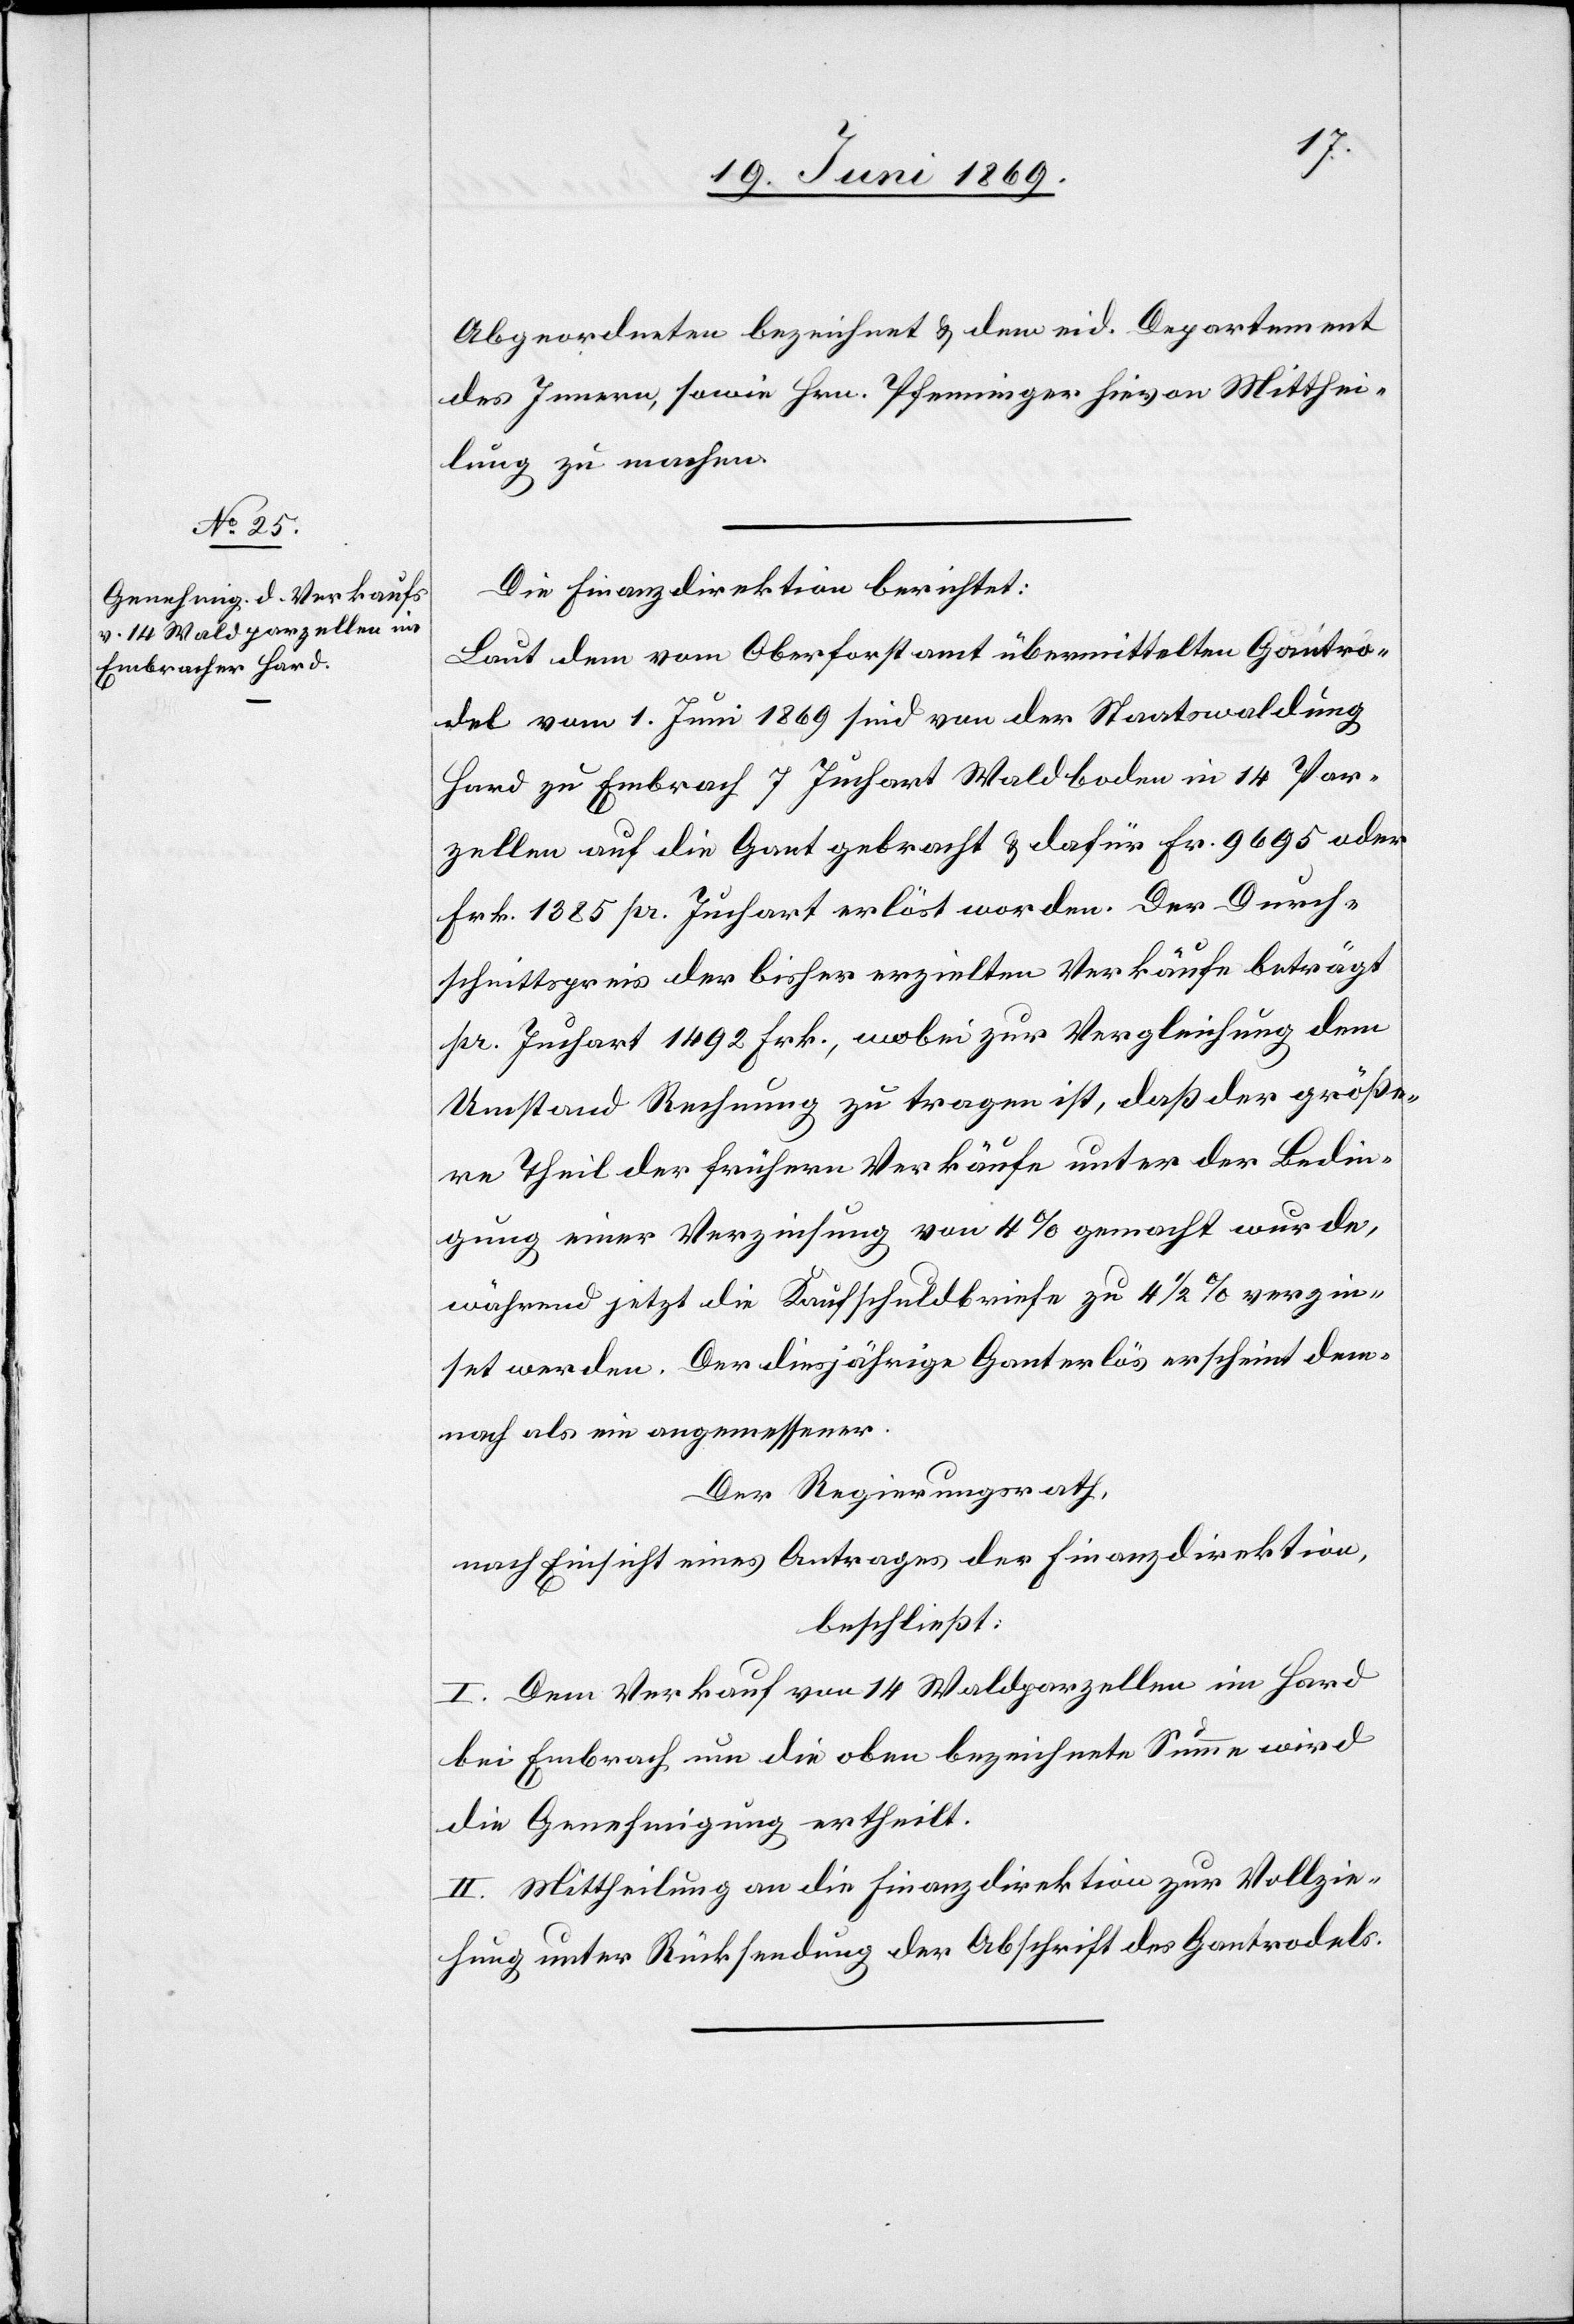
Abgeordneten bezeichnet u. den eid. Departement
des Innern, sowie Hrn. Pfenninger hievon Mitthei¬
lung zu machen.
Die Finanzdirektion berichtet:
Laut dem vom Oberforstamt übermittelten Ganttro¬
del vom 1. Juni 1869 sind von der Staatswaldung
Hard zu Embrach 7 Juchart Waldboden in 14 Par¬
zellen auf die Gant gebracht u. dafür Fr. 9695 oder
Frk. 1385 pr. Juchart erlöst worden. Der Durch¬
schnittspreis der bisher erzielten Verkäufe beträgt
pr. Juchart 1492 Frk., wobei zur Vergleichung dem
Umstand Rechnung zu tragen ist, daß der größe¬
re Theil der frühern Verkäufe unter der Bedin¬
gung einer Verzinsung von 4% gemacht wurde,
während jetzt die Kaufschuldbriefe zu 4 1/2% verzin¬
set werden. Der diesjährige Ganterlös erscheint den¬
noch als ein angemessener.
Der Regierungsrath,
nach Einsicht eines Antrages der Finanzdirektion,
beschließt:
I. Dem Verkauf von 14 Waldparzellen im Hard
bei Embrach um die oben bezeichnete Summe wird
die Genehmigung ertheilt.
II. Mittheilung an die Finanzdirektion zur Vollzie¬
hung unter Rücksendung der Abschrift des Gantrodels.